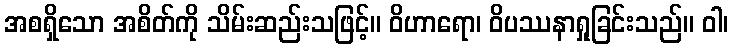
အစရှိသော အစိတ်ကို သိမ်းဆည်းသဖြင့်။ ဝိဟာရော၊ ဝိပဿနာရှုခြင်းသည်။ ဝါ၊